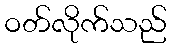
ဝတ်လိုက်သည်